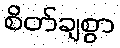
စိတ်ချစွာ